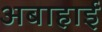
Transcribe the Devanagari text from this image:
अबाहाई